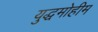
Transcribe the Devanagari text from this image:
युद्धमोहीम